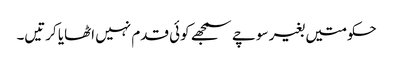
حکومتیں بغیر سوچے سمجھے کوئی قدم نہیں اٹھایا کرتیں۔